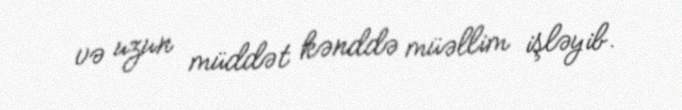
və uzun müddət kənddə müəllim işləyib.